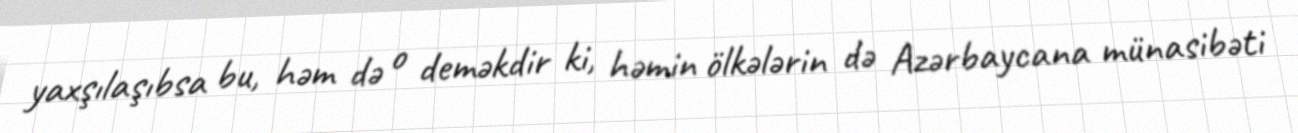
yaxşılaşıbsa bu, həm də o deməkdir ki, həmin ölkələrin də Azərbaycana münasibəti